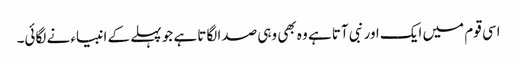
اسی قوم میں ایک اور نبی آتا ہے وہ بھی وہی صدا لگاتا ہے جو پہلے کے انبیاء نے لگائی۔